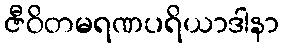
ဇီဝိတမရဏပရိယာဒါနာ